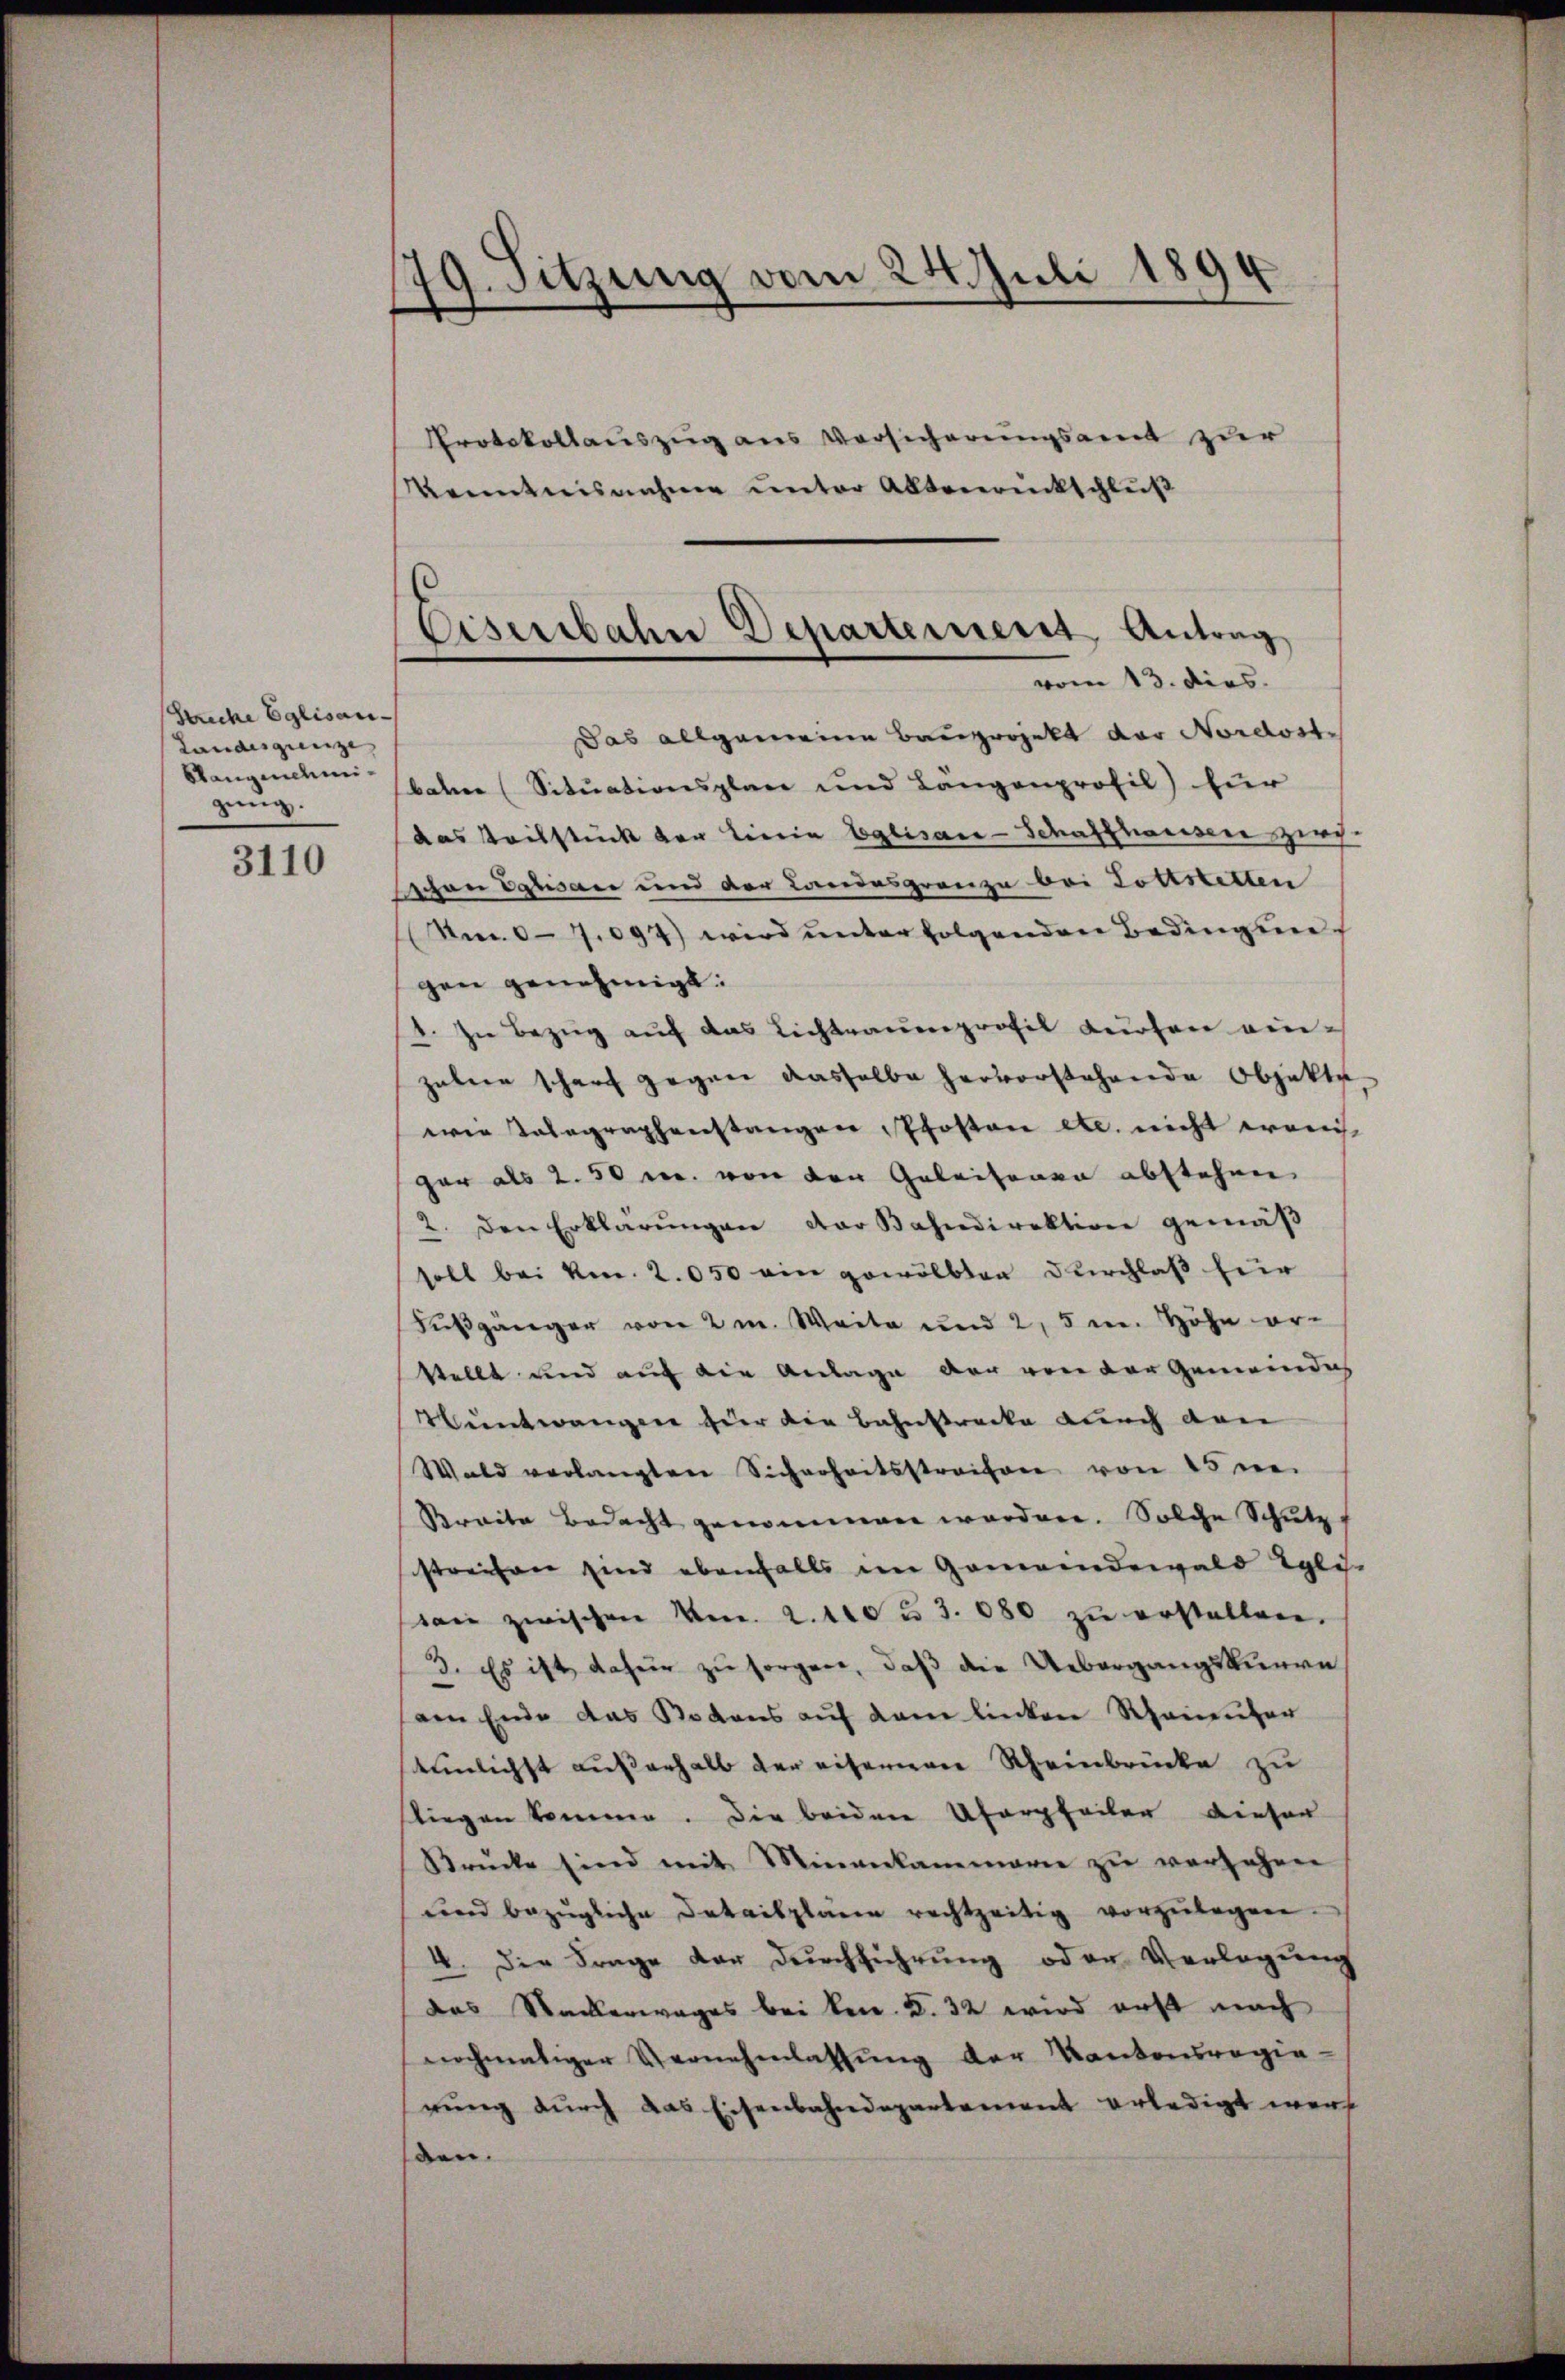
Striche Eglisani¬
Landesgunze,
Stangenehmigung.

3110

79. Sitzung vom 24. Juli 1894

Eiserbahn Departement Antrag
vom 13. dies

Protokollauszug aus Versicherungsamt zur
Kenntnisnahme unter Altenrückschluß
Das allgemeine Bauprojekt der Nordostbahre (Situationsplane und Langenprofil) für
das Teilstück der Lieria Eglisau-Schaffhausen zircschon Eglisau und der Landesgrenze bei Gottstetten
Am. 07.094) wird unter folgenden Bedingungen genehmigt.
1. In Bezug auf das Lichtrauenprofil Kuchen ein-
zaben scharf gegen dasselbe hervorstehende Objekte,
wie Talagraphenstangen Pfosten etc. nicht erreich
gar als 2. 50 r. von den Geleiteren abstehen
2. den Erklärŭngen der Bahndirektion gemäβ
soll bei kn. 2050 ein gewölbten Durchlaß hier
Fußgänger von 2m. Weite und 2,5 m Höhe er-
Stellt und auf die Anlage der von der Gemeindes
Hüntwanger hier die Bahnstrecke durch den
Wald verlangten Sicherheitsstreifen von 25 ver
Sraite Bedacht genommen worden. Solche Schutz
streifen sind ebenfalls im Gemeindewald Eglis.
wie zwischen Am. 2. 110 u. 3. 080 zu erstalten.
3. Es ist dafür zu sorgen, daß die Uebergangskurre
am Ende das Bodens auf dem linken Rheinufer
teinlichst außerhalb der eifernen Rheinbrücke zu
tiegen kommen. Die beiden Ufergfeiler diesen
Brücke sind mit Minenkammarie zŭ versehen
ŭnd bezügliche Detailpläne rechtzeitig vorzŭlegen.
4. Die Frage der Durchführung oder Verlegung
das Stackerwages bei ken. F. 32 wird erst nach
nochmaliger Vernehmlassung der Kantonsregie-
rung durch das Eisenbahndepartement erledigt werden.